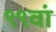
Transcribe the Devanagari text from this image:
९९वां